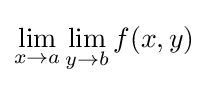
\lim _{x\to a}\lim _{y\to b}f(x,y)